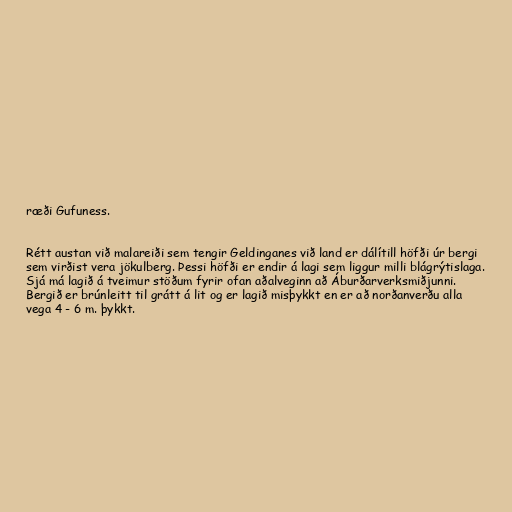
ræði Gufuness.

Rétt austan við malareiði sem tengir Geldinganes við land er dálítill höfði úr bergi
sem virðist vera jökulberg. Þessi höfði er endir á lagi sem liggur milli blágrýtislaga.
Sjá má lagið á tveimur stöðum fyrir ofan aðalveginn að Áburðarverksmiðjunni.
Bergið er brúnleitt til grátt á lit og er lagið misþykkt en er að norðanverðu alla
vega 4 - 6 m. þykkt.